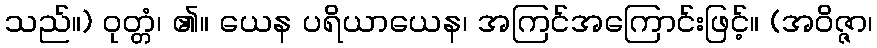
သည်။) ဝုတ္တံ၊ ၏။ ယေန ပရိယာယေန၊ အကြင်အကြောင်းဖြင့်။ (အဝိဇ္ဇာ၊